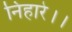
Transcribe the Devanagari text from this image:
निहारे।।